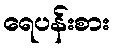
ရေပန်းစား